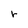
Character: r